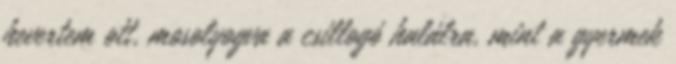
hevertem ott, mosolyogva a csillogó halálra, mint a gyermek